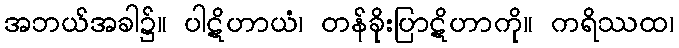
အဘယ်အခါ၌။ ပါဋိဟာယံ၊ တန်ခိုးပြာဋိဟာကို။ ကရိဿထ၊